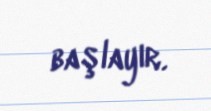
başlayır.